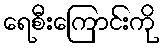
ရေစီးကြောင်းကို